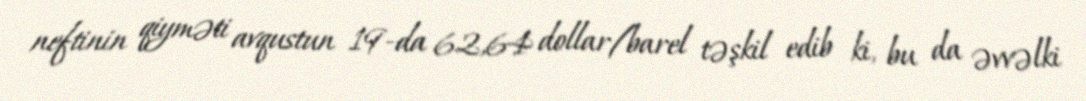
neftinin qiyməti avqustun 19-da 62,64 dollar/barel təşkil edib ki, bu da əvvəlki